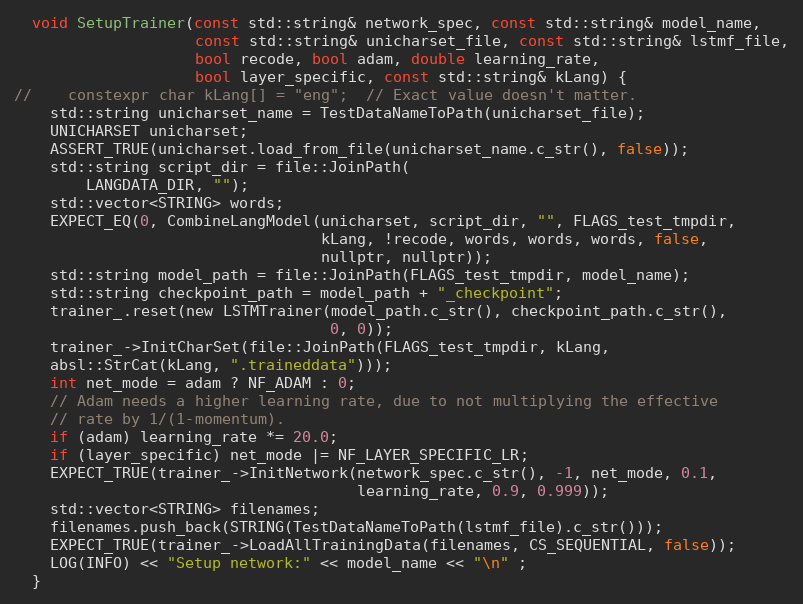
Language: C
  void SetupTrainer(const std::string& network_spec, const std::string& model_name,
                    const std::string& unicharset_file, const std::string& lstmf_file,
                    bool recode, bool adam, double learning_rate,
                    bool layer_specific, const std::string& kLang) {
//    constexpr char kLang[] = "eng";  // Exact value doesn't matter.
    std::string unicharset_name = TestDataNameToPath(unicharset_file);
    UNICHARSET unicharset;
    ASSERT_TRUE(unicharset.load_from_file(unicharset_name.c_str(), false));
    std::string script_dir = file::JoinPath(
        LANGDATA_DIR, "");
    std::vector<STRING> words;
    EXPECT_EQ(0, CombineLangModel(unicharset, script_dir, "", FLAGS_test_tmpdir,
                                  kLang, !recode, words, words, words, false,
                                  nullptr, nullptr));
    std::string model_path = file::JoinPath(FLAGS_test_tmpdir, model_name);
    std::string checkpoint_path = model_path + "_checkpoint";
    trainer_.reset(new LSTMTrainer(model_path.c_str(), checkpoint_path.c_str(),
                                   0, 0));
    trainer_->InitCharSet(file::JoinPath(FLAGS_test_tmpdir, kLang,
    absl::StrCat(kLang, ".traineddata")));
    int net_mode = adam ? NF_ADAM : 0;
    // Adam needs a higher learning rate, due to not multiplying the effective
    // rate by 1/(1-momentum).
    if (adam) learning_rate *= 20.0;
    if (layer_specific) net_mode |= NF_LAYER_SPECIFIC_LR;
    EXPECT_TRUE(trainer_->InitNetwork(network_spec.c_str(), -1, net_mode, 0.1,
                                      learning_rate, 0.9, 0.999));
    std::vector<STRING> filenames;
    filenames.push_back(STRING(TestDataNameToPath(lstmf_file).c_str()));
    EXPECT_TRUE(trainer_->LoadAllTrainingData(filenames, CS_SEQUENTIAL, false));
    LOG(INFO) << "Setup network:" << model_name << "\n" ;
  }